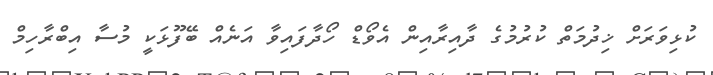
ކުޅިވަރަށް ޚިދުމަތް ކުރުމުގެ ދާއިރާއިން އެވޯޑް ހޯދާފައިވާ އަނެއް ބޭފޫޅަކީ މުސާ އިބްރާހިމް